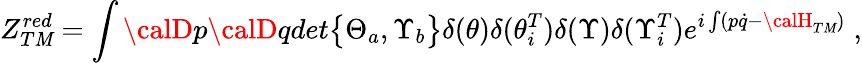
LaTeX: Z_{T\mathit{M}}^{red}=\int{\calD}p{\calD}qdet{\bigl\{ \Theta_{a},\Upsilon_{b}\bigr\} }\delta(\theta)\delta({\theta}_{i}^{T})\delta(\Upsilon)\delta({\Upsilon}_{i}^{T})e^{i\int(p\dot{{q}}-{\calH}_{T\mathit{M}})}\; ,